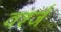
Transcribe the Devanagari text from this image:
वर्श्ज